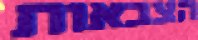
הצבאות